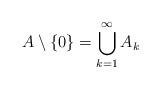
LaTeX: \begin{align*}A \setminus \{ 0\} = \bigcup_{k= 1}^{\infty} A_k\end{align*}